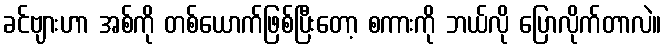
ခင်ဗျားဟာ အစ်ကို တစ်ယောက်ဖြစ်ပြီးတော့ စကားကို ဘယ်လို ပြောလိုက်တာလဲ။